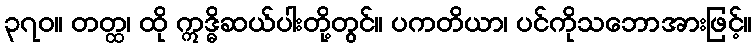
၃၇၀။ တတ္ထ၊ ထို ဣဒ္ဓိဆယ်ပါးတို့တွင်။ ပကတိယာ၊ ပင်ကိုသဘောအားဖြင့်။